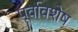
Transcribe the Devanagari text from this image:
पूर्वावशेष